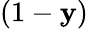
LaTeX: (1-\mathbf{y})